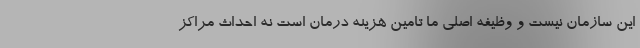
این سازمان نیست و وظیفه اصلی ما تامین هزینه درمان است نه احداث مراکز